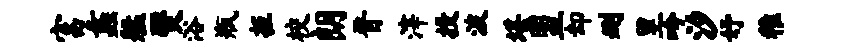
富蠡艋燹浴瓶拒校朗晋滓投波堪盟却删里吟汐妤稚